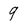
Character: 9